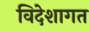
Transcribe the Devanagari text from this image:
विदेशागत